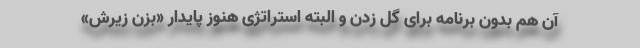
آن هم بدون برنامه برای گل زدن و البته استراتژی هنوز پایدارِ «بزن زیرش»